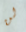
لن